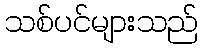
သစ်ပင်များသည်